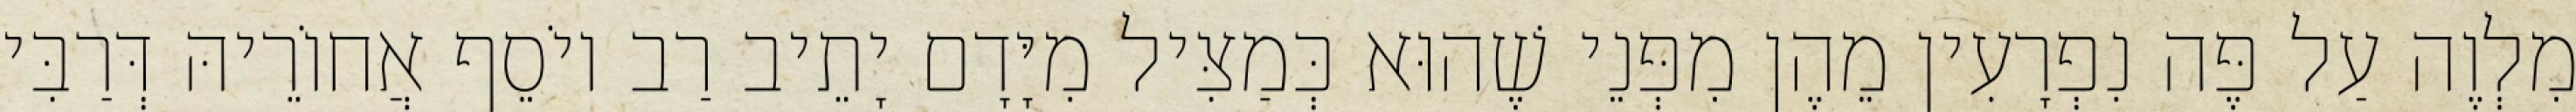
מִלְוֶה עַל פֶּה נִפְרָעִין מֵהֶן מִפְּנֵי שֶׁהוּא כְּמַצִּיל מִיָּדָם יָתֵיב רַב יוֹסֵף אֲחוֹרֵיהּ דְּרַבִּי